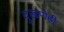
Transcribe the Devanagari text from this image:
दुखणेही